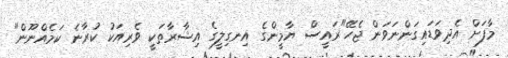
މާފަށް އެދިވަޑައިގަންނަވަން ޖެހޭ"ރައީސް ޔާމީންގެ އިނގިލީގެ އިޝާރާތަކީ ވެރިއަކު ކުރާނެ ކަމެއްނޫން"